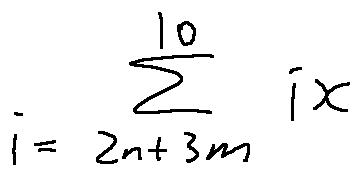
\sum \limits _ { i = 2 n + 3 m } ^ { 1 0 } i x